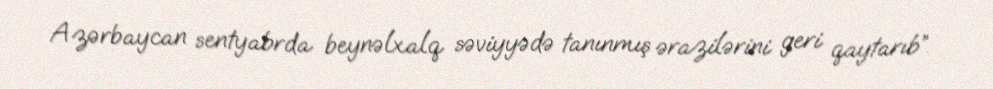
Azərbaycan sentyabrda beynəlxalq səviyyədə tanınmış ərazilərini geri qaytarıb”.